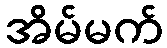
အိမ်မက်